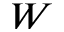
W